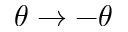
\theta \rightarrow - \theta